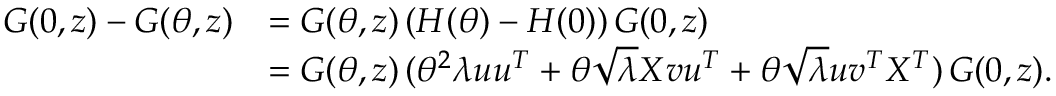
\begin{array} { r l } { G ( 0 , z ) - G ( \theta , z ) } & { = G ( \theta , z ) \, ( H ( \theta ) - H ( 0 ) ) \, G ( 0 , z ) } \\ & { = G ( \theta , z ) \, ( \theta ^ { 2 } \lambda { \boldsymbol u } { \boldsymbol u } ^ { T } + \theta \sqrt { \lambda } X { \boldsymbol v } { \boldsymbol u } ^ { T } + \theta \sqrt { \lambda } { \boldsymbol u } { \boldsymbol v } ^ { T } X ^ { T } ) \, G ( 0 , z ) . } \end{array}